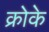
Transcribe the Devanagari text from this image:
क्रोके